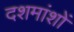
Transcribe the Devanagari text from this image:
दशमांशों